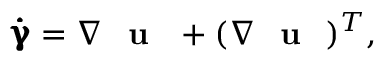
\pmb { \dot { \upgamma } } = \nabla \textnormal { \bf { u } } + ( \nabla \textnormal { \bf { u } } ) ^ { T } ,